Lunatic asylums Punjab 1911-1921 - 1911-1921
Year: 1911
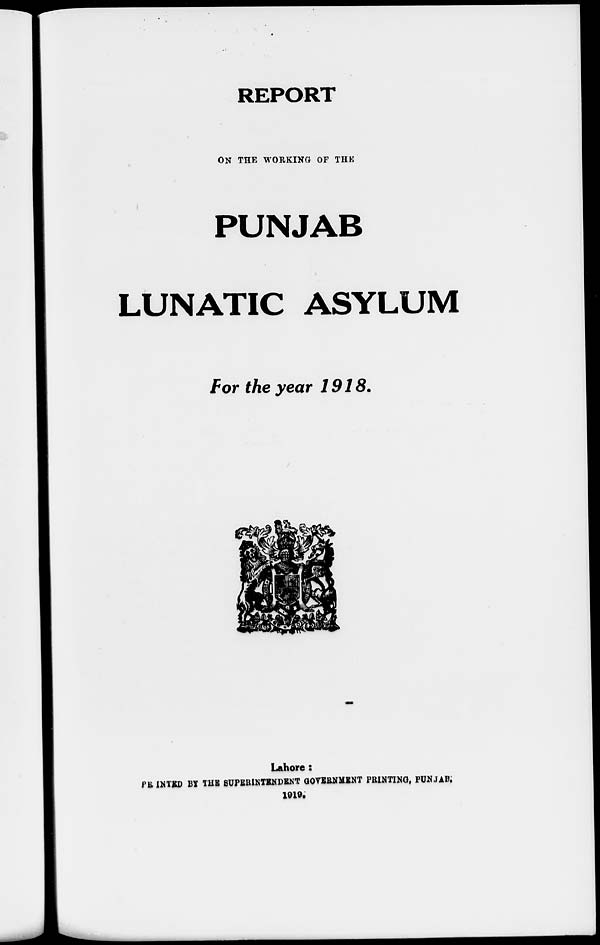
REPORT
ON THE WORKING OF THE
PUNJAB
LUNATIC ASYLUM
For the year 1918.
Lahore :
PRINTED BY THE SUPERINTENDENT GOVERNMENT PRINTING, PUNJAB;
1919.